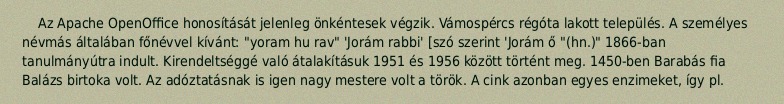
Az Apache OpenOffice honosítását jelenleg önkéntesek végzik. Vámospércs régóta lakott település. A személyes névmás általában főnévvel kívánt: "yoram hu rav" 'Jorám rabbi' [szó szerint 'Jorám ő "(hn.)" 1866-ban tanulmányútra indult. Kirendeltséggé való átalakításuk 1951 és 1956 között történt meg. 1450-ben Barabás fia Balázs birtoka volt. Az adóztatásnak is igen nagy mestere volt a török. A cink azonban egyes enzimeket, így pl.